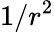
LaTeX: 1/r^{2}